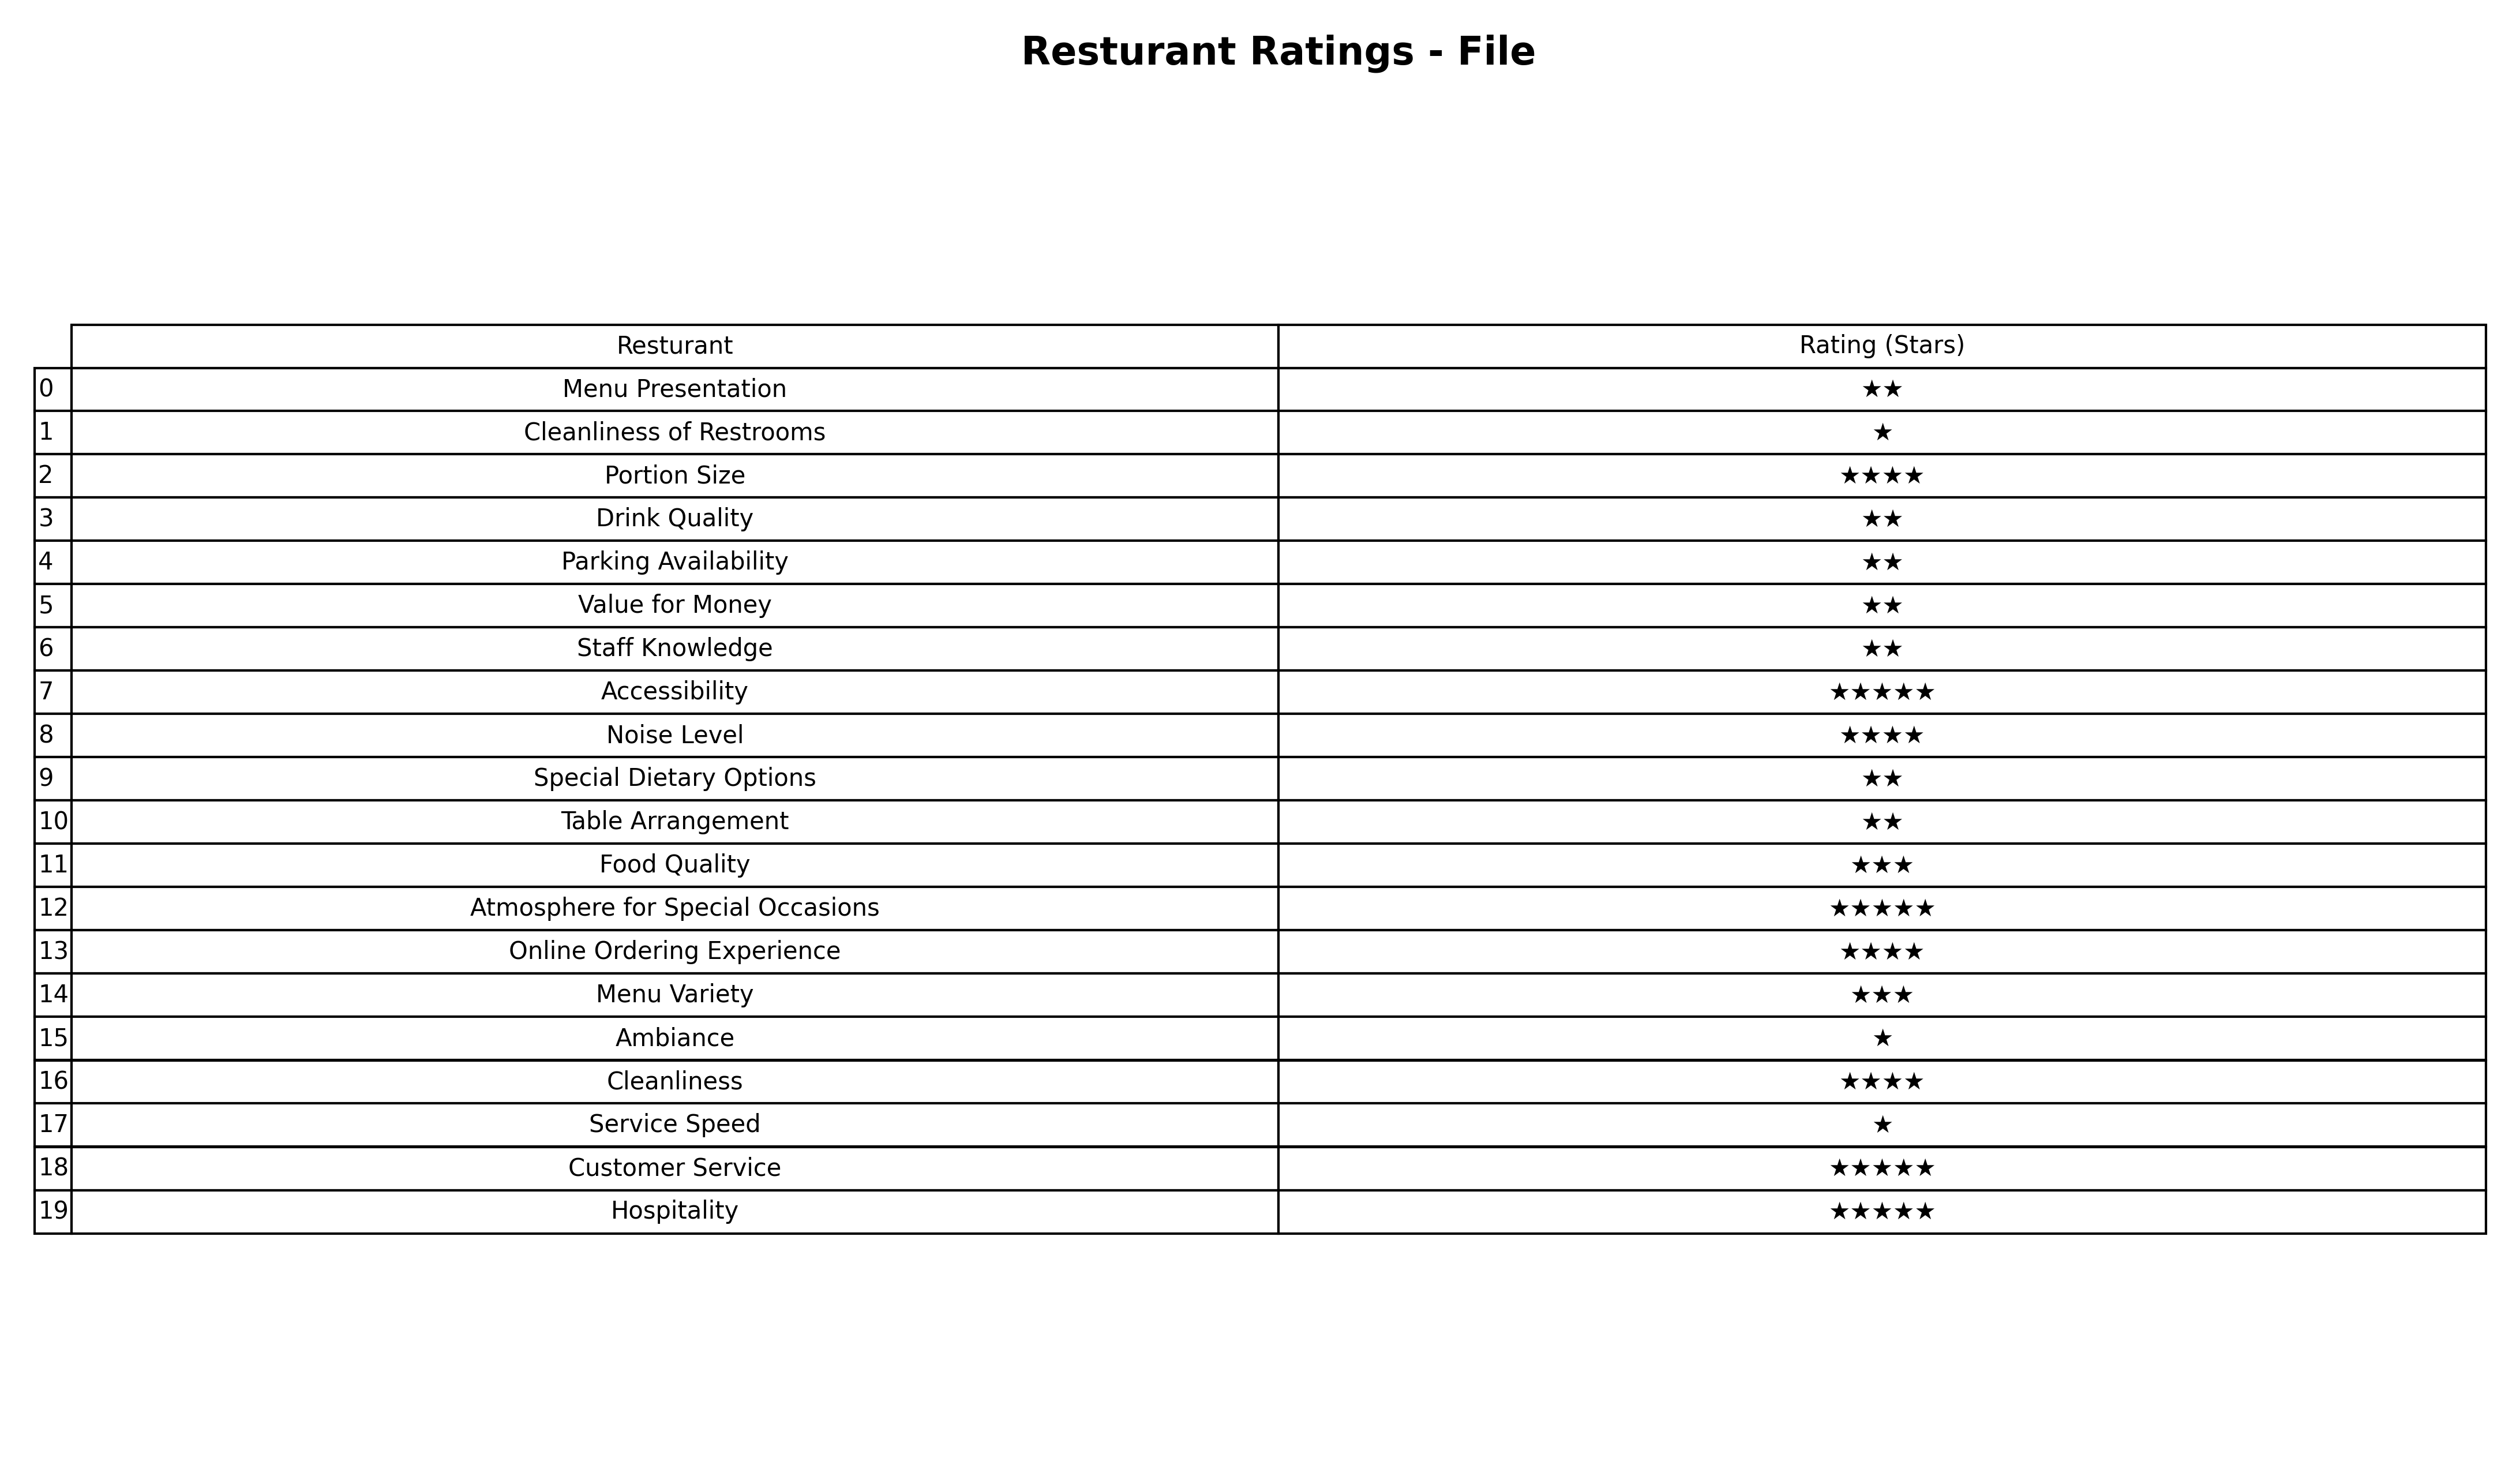
question: What are three star services?
answer: Food QualityMenu Variety